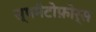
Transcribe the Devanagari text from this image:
स्पमैटोफ़ोर्स